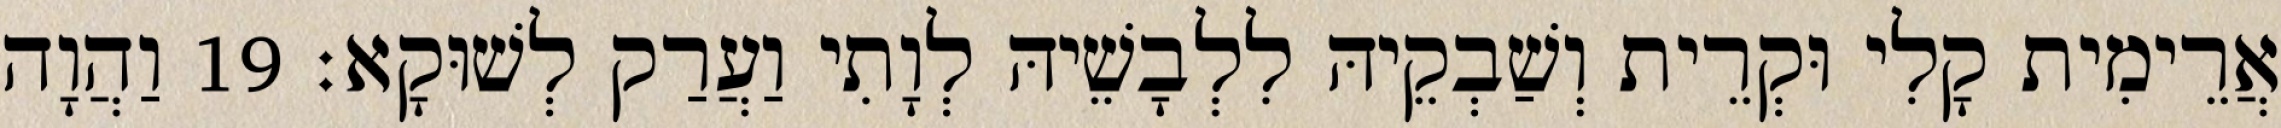
אֲרֵימִית קָלִי וּקְרֵית וְשַׁבְקֵיהּ לִלְבָשֵׁיהּ לְוָתִי וַעֲרַק לְשׁוּקָא׃ 19 וַהֲוָה